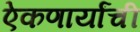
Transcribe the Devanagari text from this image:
ऐकणार्यांची